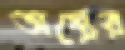
অস্ত্রের